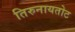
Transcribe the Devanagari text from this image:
तिरुनायतोट